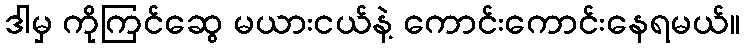
ဒါမှ ကိုကြင်ဆွေ မယားငယ်နဲ့ ကောင်းကောင်းနေရမယ်။